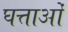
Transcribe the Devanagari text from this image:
घत्ताओं